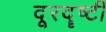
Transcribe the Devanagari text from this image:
दूरदॄष्टी